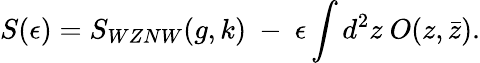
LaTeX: S(\epsilon)=S_{WZNW}(g,k)~-~\epsilon\int d^{2}z~O(z,\bar{z}).